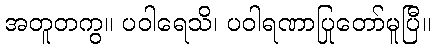
အတူတကွ။ ပဝါရေသိ၊ ပဝါရဏာပြုတော်မူပြီ။